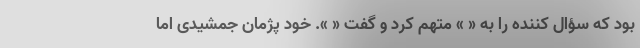
بود که سؤال کننده را به « » متهم کرد و گفت « ». خود پژمان جمشیدی اما